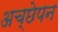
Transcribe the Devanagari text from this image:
अच्छेपन